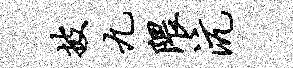
披九隈沆